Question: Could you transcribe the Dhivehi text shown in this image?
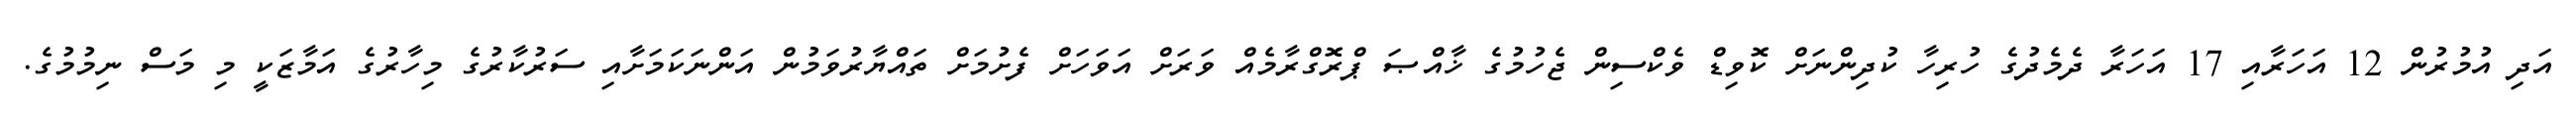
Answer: އަދި އުމުރުން 12 އަހަރާއި 17 އަހަރާ ދެމެދުގެ ހުރިހާ ކުދިންނަށް ކޮވިޑް ވެކްސިން ޖެހުމުގެ ޚާއްޞަ ޕްރޮގްރާމެއް ވަރަށް އަވަހަށް ފެށުމަށް ތައްޔާރުވަމުން އަންނަކަމަށާއި ސަރުކާރުގެ މިހާރުގެ އަމާޒަކީ މި މަސް ނިމުމުގެ.